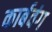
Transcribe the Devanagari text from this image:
कार्बवंग